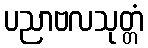
ပညာဗလသုတ္တံ